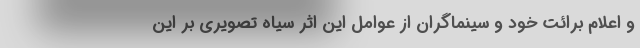
و اعلام برائت خود و سینماگران از عوامل این اثر سیاه تصویری بر این